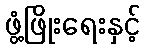
ဖွံ့ဖြိုးရေးနှင့်